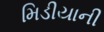
મિડીયાની